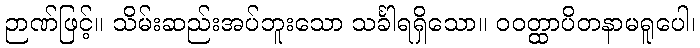
ဉာဏ်ဖြင့်။ သိမ်းဆည်းအပ်ဘူးသော သင်္ခါရရှိသော။ ဝဝတ္ထာပိတနာမရူပေါ၊